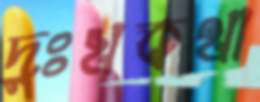
দুঃখকথা